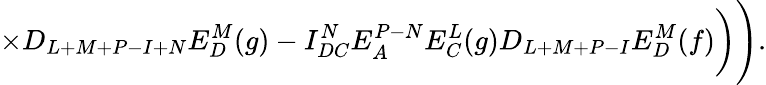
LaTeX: \times D_{L+M+P-I+N}E_{D}^{M}(g)-I_{DC}^{N}E_{A}^{P-N}E_{C}^{L}(g)D_{L+M+P-I}E_{D}^{M}(f)\biggr)\Biggr).